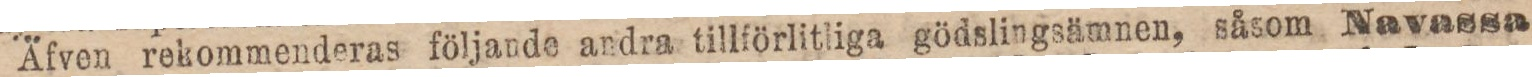
Äfven rekommenderas följande andra tillförlitliga gödslingsämnen, såsom Navassa